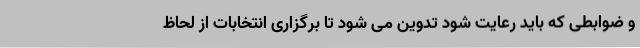
و ضوابطی که باید رعایت شود تدوین می شود تا برگزاری انتخابات از لحاظ